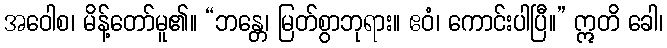
အဝေါစ၊ မိန့်တော်မူ၏။ “ဘန္တေ၊ မြတ်စွာဘုရား။ ဧဝံ၊ ကောင်းပါပြီ။” ဣတိ ခေါ၊